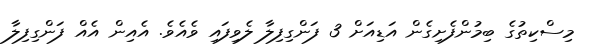
މިސްކިތުގެ ބިމުންފެށިގެން އަޑިއަށް 3 ފަންގިފިލާ ލެވިފައި ވެއެވެ. އެއިން އެއް ފަންގިފިލާ